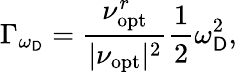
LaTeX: \Gamma_{\omega_{\mathsf{D}}}=\frac{{\nu_{\mathrm{{opt}}}^{r}}}{{|\nu_{\mathrm{{opt}}}|^{2}}}\frac{{1}}{{2}}\omega_{\mathsf{D}}^{2},